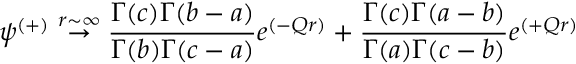
\psi ^ { ( + ) } \stackrel { r \sim \infty } { \rightarrow } { \frac { \Gamma ( c ) \Gamma ( b - a ) } { \Gamma ( b ) \Gamma ( c - a ) } } e ^ { ( - Q r ) } + { \frac { \Gamma ( c ) \Gamma ( a - b ) } { \Gamma ( a ) \Gamma ( c - b ) } } e ^ { ( + Q r ) }